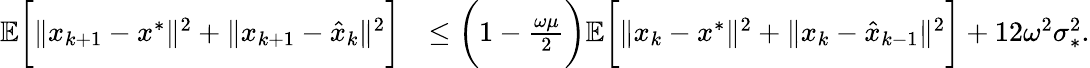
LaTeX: \begin{array}{rl}{\mathbb{E}\bigg[\| x_{k+1}-x^{*}\| ^{2}+\| x_{k+1}-\hat{x}_{k}\| ^{2}\bigg]}&{\leq\bigg(1-\frac{\omega\mu}{2}\bigg)\mathbb{E}\bigg[\| x_{k}-x^{*}\| ^{2}+\| x_{k}-\hat{x}_{k-1}\| ^{2}\bigg]+12\omega^{2}\sigma_{*}^{2}.}\end{array}